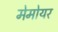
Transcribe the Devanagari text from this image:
मेमोयर